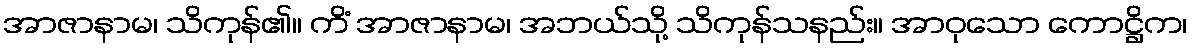
အာဇာနာမ၊ သိကုန်၏။ ကိံ အာဇာနာမ၊ အဘယ်သို့ သိကုန်သနည်း။ အာဝုသော ကောဋ္ဌိက၊